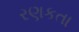
રણકતા